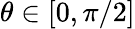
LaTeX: \theta\in[0,\pi/2]